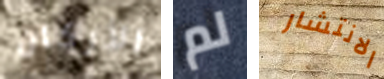
الأركان لم الانتشار